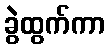
ခွဲထွက်ကာ